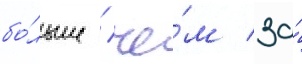
бо́льше / че́м за́